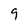
Character: 9